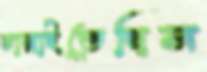
চারাইতেছিস